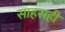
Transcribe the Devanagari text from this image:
साहसही